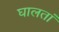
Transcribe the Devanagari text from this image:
घालतां